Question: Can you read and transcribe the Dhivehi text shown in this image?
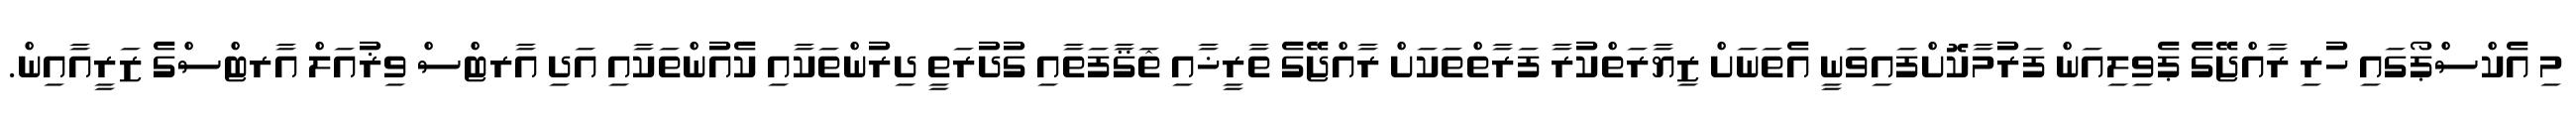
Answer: މި އެކްސްޕޯގައި ހުރި ރާއްޖޭގެ ޕެވިލިއަން ފަރުމާކޮށްފައިވަނީ އެތަނަށް ޒިޔާރަތްކުރާ ފަރާތްތަކަށް ރާއްޖޭގެ ތާރީޚާއި ޘަޤާފަތާއި ގުދުރަތީ ދިރުންތަކާއި ކެއުންތަކާއި އަދި އާރޓްސް ވިޜުއަލް އާރޓްސްގެ ޒަރީއާއިން.